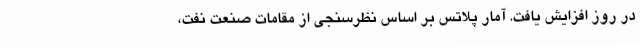
در روز افزایش یافت. آمار پلاتس بر اساس نظرسنجی از مقامات صنعت نفت،